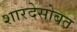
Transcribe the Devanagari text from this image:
शारदेसोबत